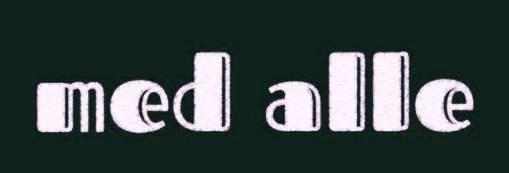
med alle